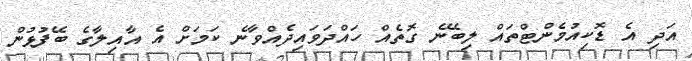
އަދި އެ ޑޮކިއުމެންޓްތައް ލިބޭނެ ގޮތެއް ހައްދަވައިދެއްވާނެ ކަމަށް އެ އާއިލާގެ ބޭފުޅުން